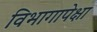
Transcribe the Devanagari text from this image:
विभागापेक्षा